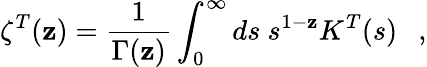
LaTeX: \zeta^{T}(\mathbf{z})={\frac{{1}}{{\Gamma(\mathbf{z})}}}\int_{0}^{\infty}ds~s^{1-\mathbf{z}}K^{T}(s)~~~,